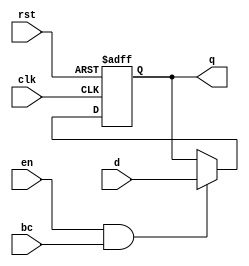
module BarrierRegister (
    input wire clk,         // Clock signal
    input wire rst,         // Asynchronous reset signal
    input wire en,          // Enable signal
    input wire bc,          // Barrier condition
    input wire [DATA_WIDTH-1:0] d, // Data input
    output reg [DATA_WIDTH-1:0] q  // Data output
);

    parameter DATA_WIDTH = 8; // Define the width of the data input/output

    // Asynchronous reset and synchronous update logic
    always @(posedge clk or posedge rst) begin
        if (rst) begin
            q <= {DATA_WIDTH{1'b0}}; // Reset output to zero
        end else if (en && bc) begin
            q <= d; // Capture data input when EN is high and BC is satisfied
        end
    end

endmodule